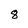
Character: 8